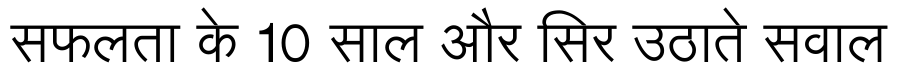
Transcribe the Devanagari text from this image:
सफलता के 10 साल और सिर उठाते सवाल